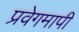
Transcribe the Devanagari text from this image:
प्रवेगमापी